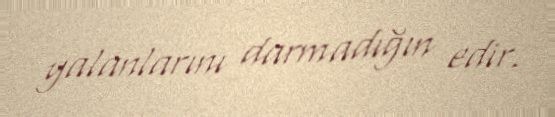
yalanlarını darmadığın edir.